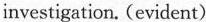
investigation. (evident)